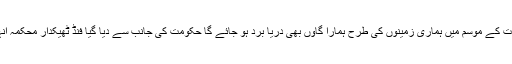
اگر اب پشتے نہ بنائے گئے تو برسات کے موسم میں ہماری زمینوں کی طرح ہمارا گاوں بھی دریا برد ہو جائے گا حکومت کی جانب سے دیا گیا فنڈ ٹھیکدار محکمہ انہار کی ملی بھگت سے ہڑپ کر گیا ۔